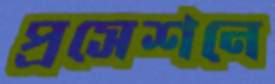
প্রসেশনে